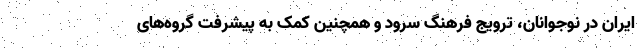
ایران در نوجوانان، ترویج فرهنگ سرود و همچنین کمک به پیشرفت گروه‌های